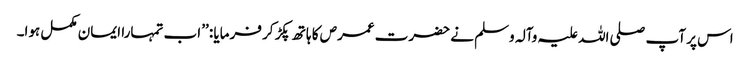
اس پر آپ صلی اللہ علیہ وآلہ وسلم نے حضرت عمرص کا ہاتھ پکڑ کر فرمایا : ’’اب تمہارا ایمان مکمل ہوا۔